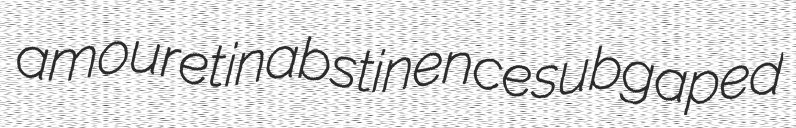
amouret inabstinence subgaped